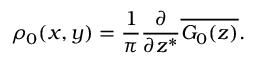
\rho _ { 0 } ( x , y ) = \frac { 1 } { \pi } \frac { \partial } { \partial z ^ { \ast } } \overline { { G _ { 0 } ( z ) } } .